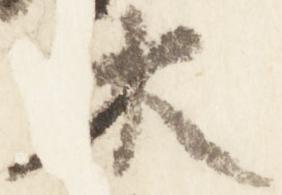
木